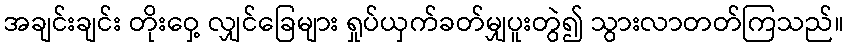
အချင်းချင်း တိုးဝှေ့ လျှင်ခြေများ ရှုပ်ယှက်ခတ်မျှပူးတွဲ၍ သွားလာတတ်ကြသည်။